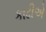
કાઢીએ